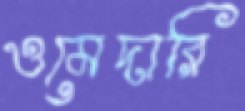
ওমেদারি